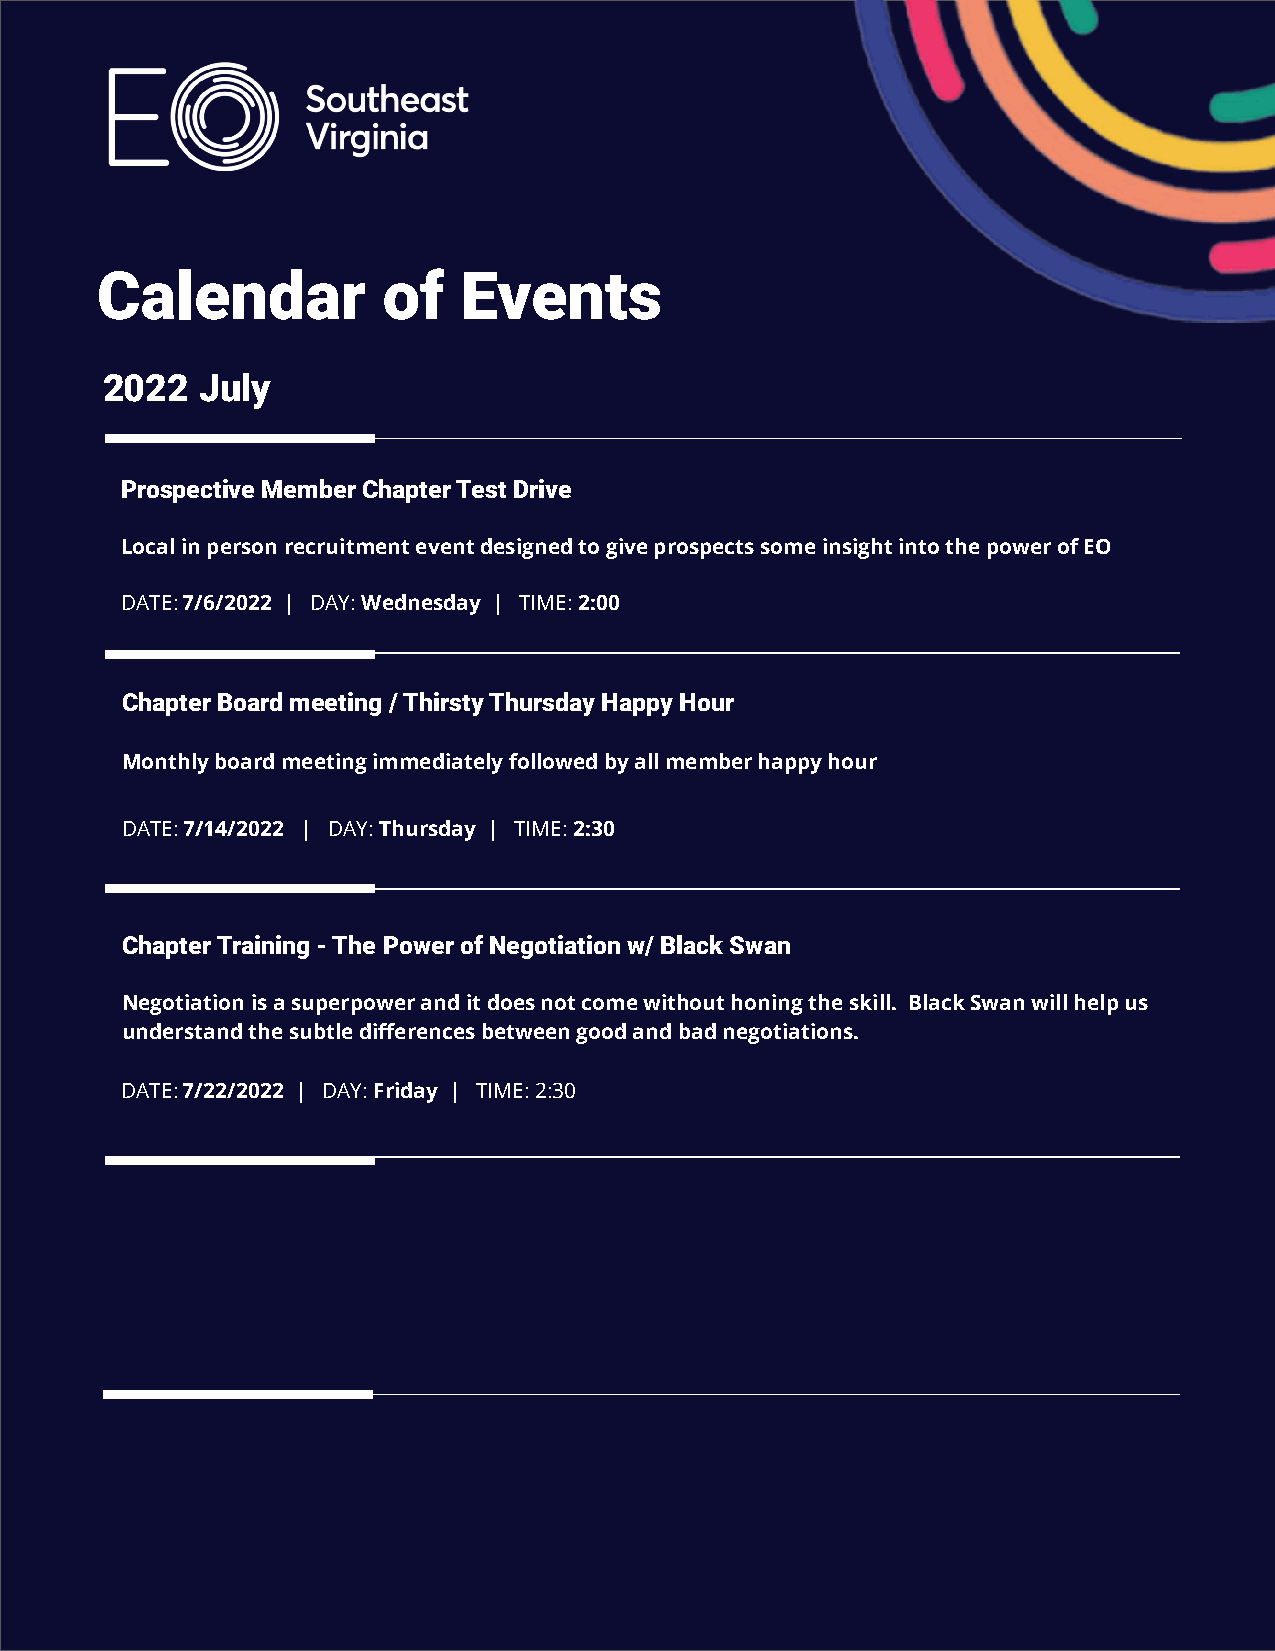
Calendar           of    Events
 2022  July
 Prospective Member Chapter Test Drive
 Local in person recruitment event designed to give prospects some insight into the power of EO
 DATE: 7/6/2022 | DAY: Wednesday | TIME: 2:00
 Chapter Board meeting / Thirsty Thursday Happy Hour
 Monthly board meeting immediately followed by all member happy hour
 DATE: 7/14/2022 | DAY: Thursday | TIME: 2:30
 Chapter Training - The Power of Negotiation w/ Black Swan
 Negotiation is a superpower and it does not come without honing the skill. Black Swan will help us
 understand the subtle differences between good and bad negotiations.
 DATE: 7/22/2022 | DAY: Friday | TIME: 2:30